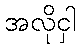
အလိုငှါ